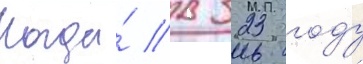
Когда́ в 323 году